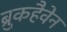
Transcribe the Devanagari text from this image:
ब्रुकहैवेन